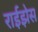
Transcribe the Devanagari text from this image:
राईझेस